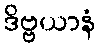
ဒိဗ္ဗယာနံ